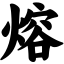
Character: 熔